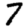
Digit: 7